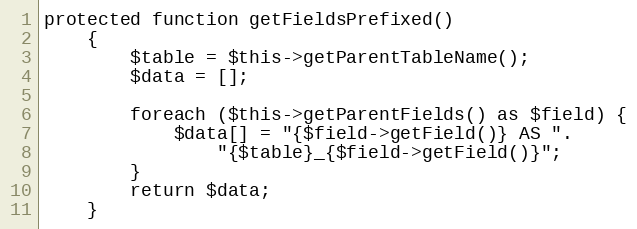
Language: PHP
protected function getFieldsPrefixed()
    {
        $table = $this->getParentTableName();
        $data = [];

        foreach ($this->getParentFields() as $field) {
            $data[] = "{$field->getField()} AS ".
                "{$table}_{$field->getField()}";
        }
        return $data;
    }